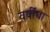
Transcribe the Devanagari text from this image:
वर्षींचा